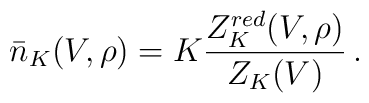
\bar{n}_K(V,\rho) = K \frac{Z^{red}_K(V,\rho)}{Z_K(V)} \,.